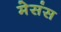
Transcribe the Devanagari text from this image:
मेसंस